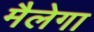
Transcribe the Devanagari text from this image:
मैलेगा